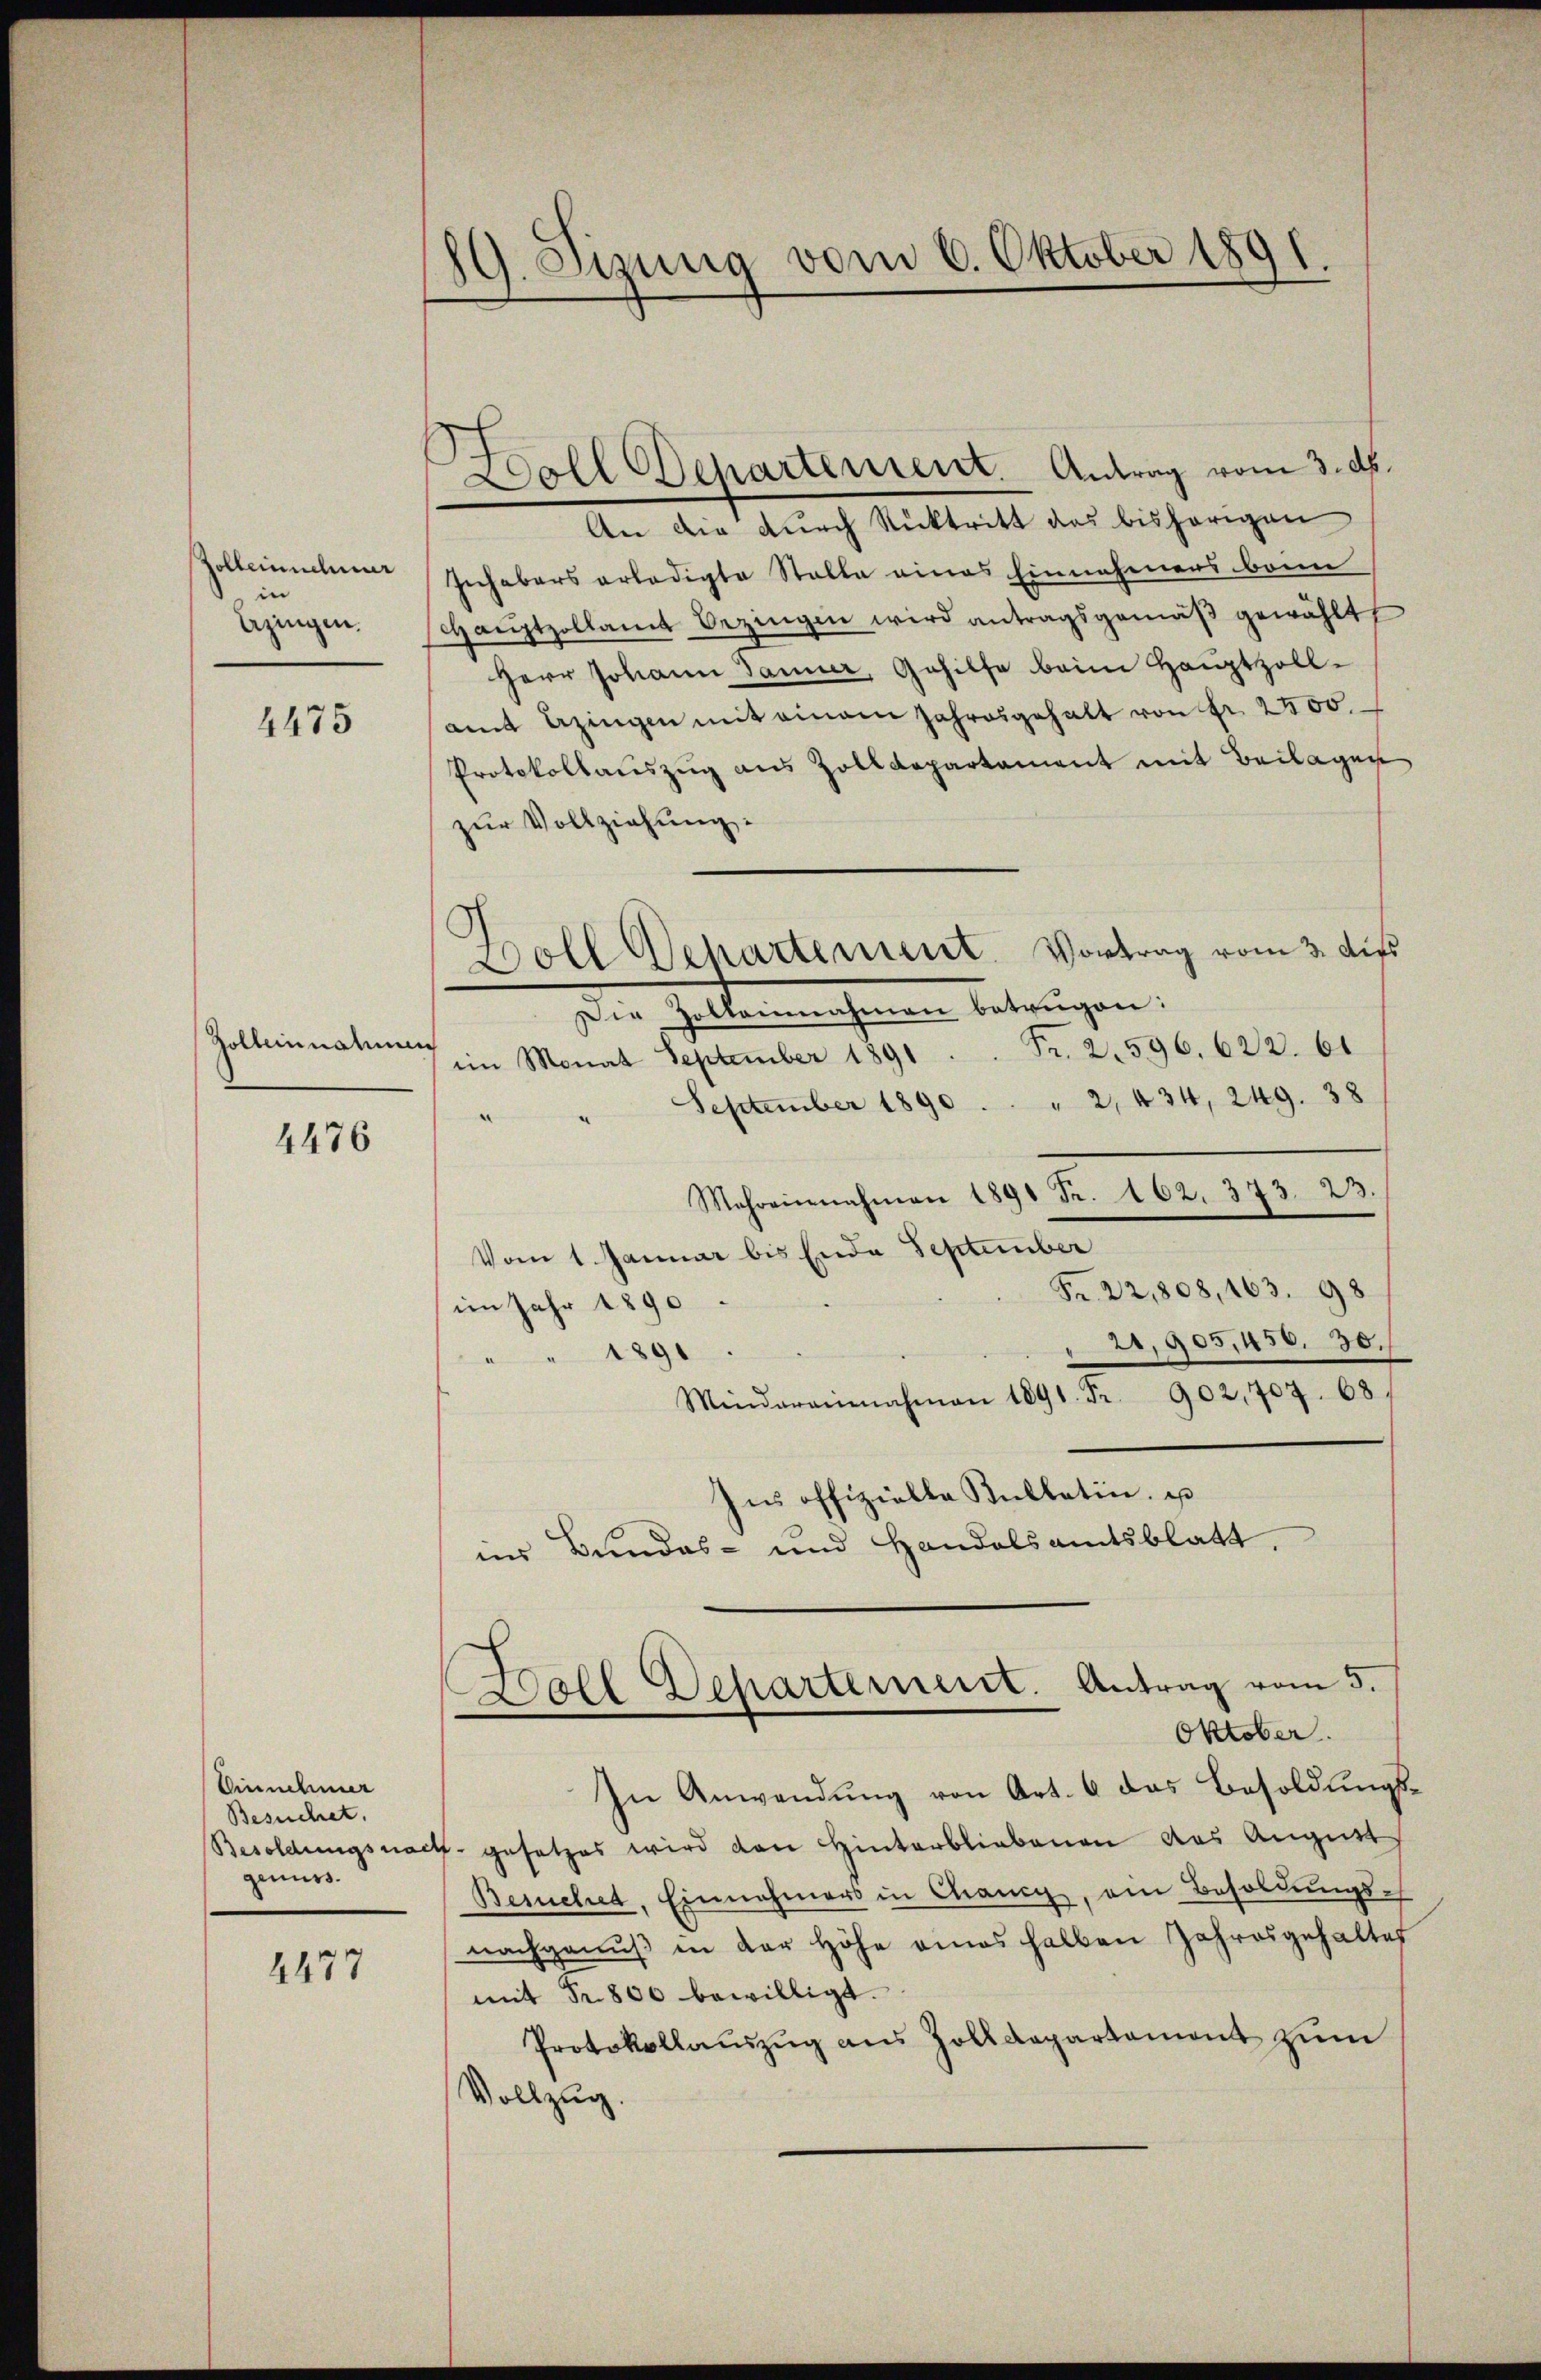
Zolleinnehmer
i
Ezingen.

4475

Zolleinnahmen

4476

Einnehmer
Besuchet.
genuss.

4477

89. Sizung vom 6. Oktober 1891.

Hall Departement. Antrag vom 3. dh.

Boll Departement. Vortrag vom 3. dies

An die durch Rücktritt das bisherigen
Inhabers erledigte Stalle eines Einnehmens beine
Haŭptzollamt Bezingen wird antragsgemäβ gewählt
Herr Johann Janner, Gehilfe beim Hauptzoll-
amt Bezingen mit einem Jahresgehalt von Fr. 2500.
Protokollauszug aus Zolldepartament mit Beilagen
zur Vollziehung:
Die Geltennahmen betrugen.
) im Monat September 1891  .  ..  Fr. 2. 596. 622. 61
" September 1890 . . " 2, 434, 249. 38
a
Mehreinnahmen 1891 Fr. 162. 373. 23.
Vom 1 Januar bis Ende September
Fr. 22,808, 163. 98
im Jahr 1890
21,905,450. 30.
189
Mindereinnahmen 1891 Fr. 902,707. 68.
Ins offizielle Kullatin u
ins Bundes- und Handelsamtsblatt,
Ball Departernent. Antrag vom 5.
Oktober.
In Anwendung von Art. 6 das Besoldungs¬
Besoldungsnach gesetzes wird den Hinterbliebenen das August
Besuchet, Einnahmers in Chancy, am Besoldungs-
nachgenŭβ in der Höhe eines halben Jahresgehaltes
mit Fr. 800 bewilligt.
Protokollauszug aus Zolldepartemont zum
Vollzug.